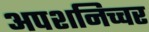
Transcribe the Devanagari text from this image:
अपशनिच्चर